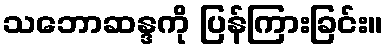
သဘောဆန္ဒကို ပြန်ကြားခြင်း။